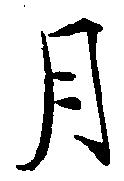
月